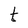
Character: t